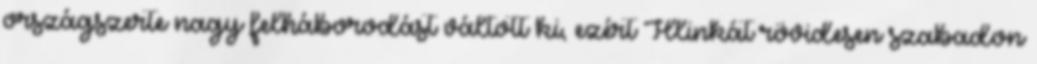
országszerte nagy felháborodást váltott ki, ezért Hlinkát rövidesen szabadon